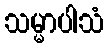
သမ္မာပါသံ